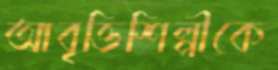
আবৃত্তিশিল্পীকে